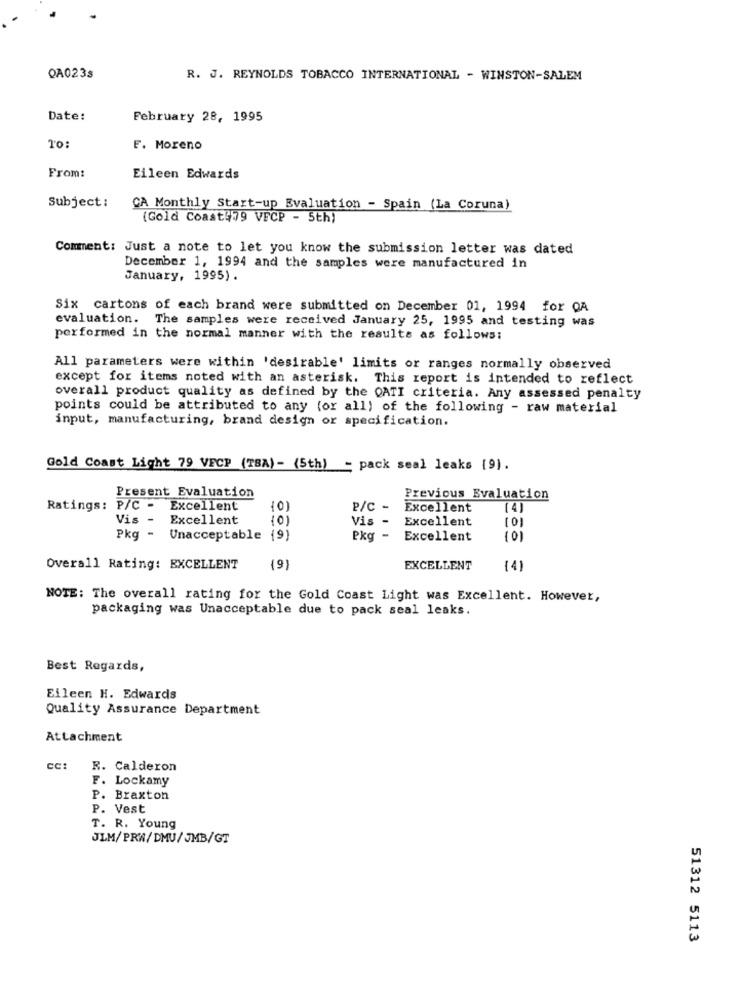
OA0233
R. J. REYNOLDS TOBACCO INTERNATIONAL - WINSTON-SALEM
Date:
February 28, 1995
10:
F. Moreno
From:
Eileen Edwards
Subject:
CA Monthly Start-up Evaluation - Spain (La Coruna)
(Gold Coast 79 VFCP - 5th)
Comment: Just a note to let you know the submission letter was dated
December 1, 1994 and the samples were manufactured in
January, 1995).
Six cartons of each brand were submitted on December 01, 1994 for QA
evaluation. The samples were received January 25, 1995 and testing was
performed in the normal manner with the results as follows:
All parameters were within 'desirable' limits or ranges normally observed
except for items noted with an asterisk. This report is intended to reflect
overall product quality as defined by the QATI criteria. Any assessed penalty
points could be attributed to any for all) of the following - raw material
input, manufacturing, brand design or specification.
Gold Coast Light 79 VECP (TBA) - (5th) - pack seal leaks (9).
Present Evaluation
Previous Evaluation
Ratings: P/C -
Excellent
P/C -
Excellent
(4)
Vis -
Excellent
(0)
Vis -
Excellent
(0)
Pkg - Unacceptable
(9)
Pkg -
Excellent
(0)
Overall Rating: EXCELLENT
(9)
EXCELLENT
(4)
NOTE: The overall rating for the Gold Coast Light was Excellent. However,
packaging was Unacceptable due to pack seal leaks.
Best Regards,
Eileen H. Edwards
Quality Assurance Department
Attachment
cc:
R. Calderon
F. Lockamy
P. Braxton
P. Vest
T. R. Young
JLM/PRW/DMU/JMB/GT
51312 5113